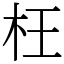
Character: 枉